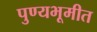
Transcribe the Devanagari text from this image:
पुण्यभूमीत